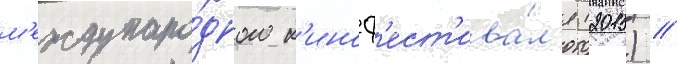
м'еждунаро́дного к'иноф'ест'ива́л'я (2015) //